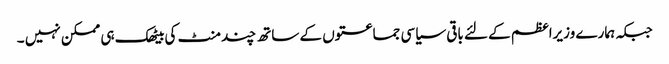
جبکہ ہمارے وزیراعظم کے لئے باقی سیاسی جماعتوں کے ساتھ چند منٹ کی بیٹھک ہی ممکن نہیں ۔